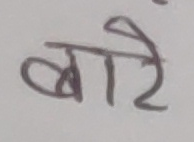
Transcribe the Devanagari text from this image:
बाजे